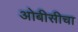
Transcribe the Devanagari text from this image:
ओबीसीचा